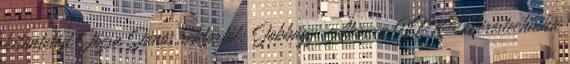
kitüntetést Józsa János rektortól: Jobbágy Ákos, a VIK Méréstechnika